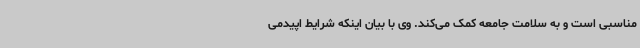
مناسبی است و به سلامت جامعه کمک می‌کند. وی با بیان اینکه شرایط اپیدمی